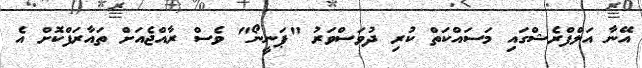
އޭނާ އަލްފްރެޝްގައި މަސައްކަތް ކުރި ދުވަސްވަރު "ޕަނީނޯ" ވެސް ރާއްޖެއަށް ތައާރަފްކޮށް އެ